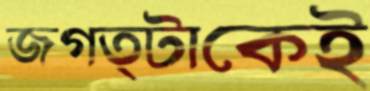
জগত্টাকেই